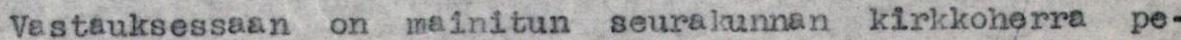
Vastauksessaan on mainitun seurakunnan kirkkoherra pe-